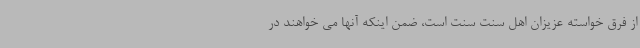
از فرق خواسته عزیزان اهل سنت سنت است، ضمن اینکه آنها می خواهند در